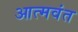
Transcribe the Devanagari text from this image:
आत्मवंत